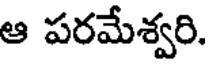
ఆ పరమేశ్వరి.